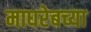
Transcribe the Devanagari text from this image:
माघरेबच्या